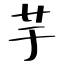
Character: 芋